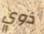
ذوي